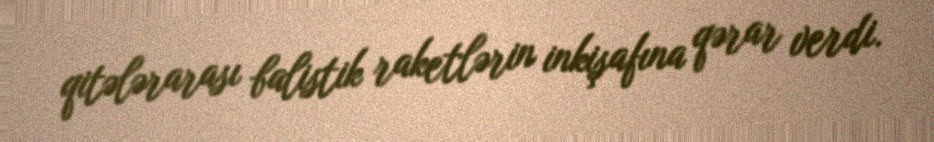
qitələrarası balistik raketlərin inkişafına qərar verdi.